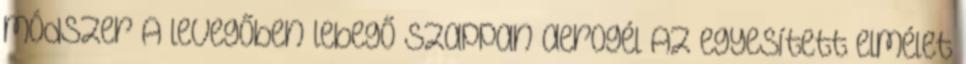
módszer A levegőben lebegő szappan aerogél Az egyesített elmélet